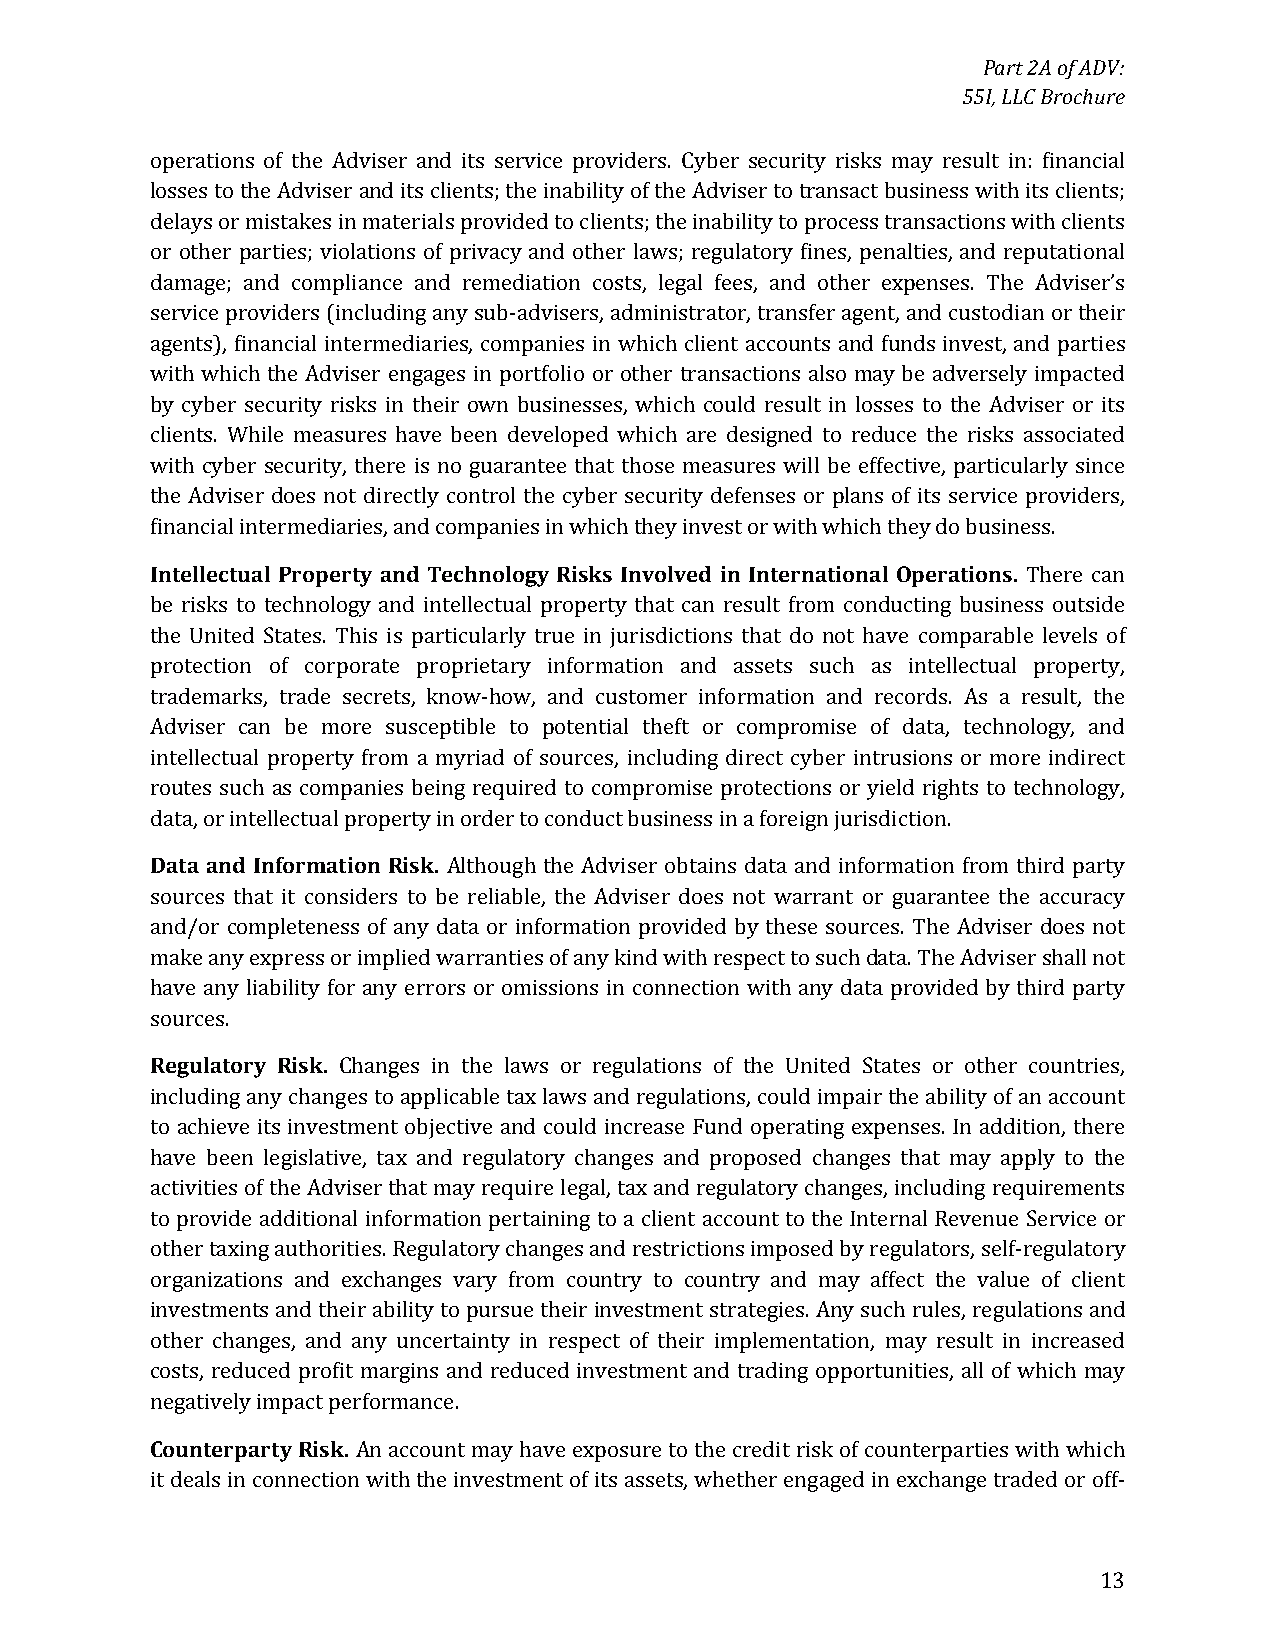
Part 2A of ADV:
 55I, LLC Brochure
 operations of the Adviser and its service providers. Cyber security risks may result in: financial
 losses to the Adviser and its clients; the inability of the Adviser to transact business with its clients;
 delays or mistakes in materials provided to clients; the inability to process transactions with clients
 or other parties; violations of privacy and other laws; regulatory fines, penalties, and reputational
 damage; and compliance and remediation costs, legal fees, and other expenses. The Adviser’s
 service providers (including any sub-advisers, administrator, transfer agent, and custodian or their
 agents), financial intermediaries, companies in which client accounts and funds invest, and parties
 with which the Adviser engages in portfolio or other transactions also may be adversely impacted
 by cyber security risks in their own businesses, which could result in losses to the Adviser or its
 clients. While measures have been developed which are designed to reduce the risks associated
 with cyber security, there is no guarantee that those measures will be effective, particularly since
 the Adviser does not directly control the cyber security defenses or plans of its service providers,
 financial intermediaries, and companies in which they invest or with which they do business.
 Intellectual Property and Technology Risks Involved in International Operations. There can
 be risks to technology and intellectual property that can result from conducting business outside
 the United States. This is particularly true in jurisdictions that do not have comparable levels of
 protection of corporate proprietary information and assets such as intellectual property,
 trademarks, trade secrets, know-how, and customer information and records. As a result, the
 Adviser can be more susceptible to potential theft or compromise of data, technology, and
 intellectual property from a myriad of sources, including direct cyber intrusions or more indirect
 routes such as companies being required to compromise protections or yield rights to technology,
 data, or intellectual property in order to conduct business in a foreign jurisdiction.
 Data and Information Risk. Although the Adviser obtains data and information from third party
 sources that it considers to be reliable, the Adviser does not warrant or guarantee the accuracy
 and/or completeness of any data or information provided by these sources. The Adviser does not
 make any express or implied warranties of any kind with respect to such data. The Adviser shall not
 have any liability for any errors or omissions in connection with any data provided by third party
 sources.
 Regulatory Risk. Changes in the laws or regulations of the United States or other countries,
 including any changes to applicable tax laws and regulations, could impair the ability of an account
 to achieve its investment objective and could increase Fund operating expenses. In addition, there
 have been legislative, tax and regulatory changes and proposed changes that may apply to the
 activities of the Adviser that may require legal, tax and regulatory changes, including requirements
 to provide additional information pertaining to a client account to the Internal Revenue Service or
 other taxing authorities. Regulatory changes and restrictions imposed by regulators, self-regulatory
 organizations and exchanges vary from country to country and may affect the value of client
 investments and their ability to pursue their investment strategies. Any such rules, regulations and
 other changes, and any uncertainty in respect of their implementation, may result in increased
 costs, reduced profit margins and reduced investment and trading opportunities, all of which may
 negatively impact performance.
 Counterparty Risk. An account may have exposure to the credit risk of counterparties with which
 it deals in connection with the investment of its assets, whether engaged in exchange traded or off-
 13